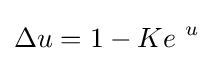
\Delta u=1-Ke^{\ u}